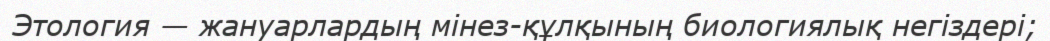
Этология — жануарлардың мінез-құлқының биологиялық негіздері;